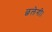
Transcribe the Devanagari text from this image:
छलेगी।